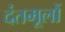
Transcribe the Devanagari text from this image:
दंतमूलों